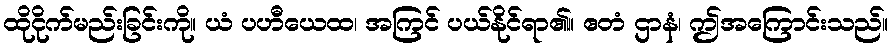
ထိုငိုက်မည်းခြင်းကို။ ယံ ပဟီယေထ၊ အကြင် ပယ်နိုင်ရာ၏။ ဧတံ ဌာနံ၊ ဤအကြောင်းသည်။